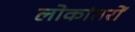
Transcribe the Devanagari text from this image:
लोकांतरों